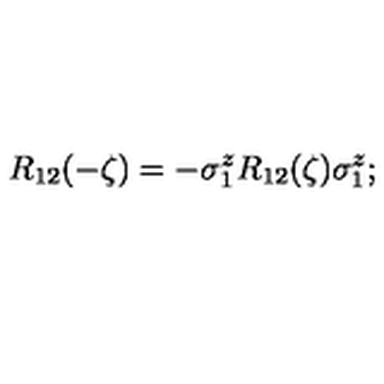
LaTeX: R _ { 1 2 } ( - \zeta ) = - \sigma _ { 1 } ^ { z } R _ { 1 2 } ( \zeta ) \sigma _ { 1 } ^ { z } ;